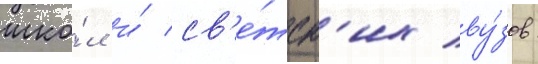
шко́л и́ св'е́тск'их ву́зов: